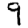
Digit: 9